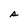
Character: s